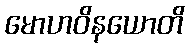
မောဟဝိနယောတိ